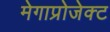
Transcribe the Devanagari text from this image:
मेगाप्रोजेक्ट